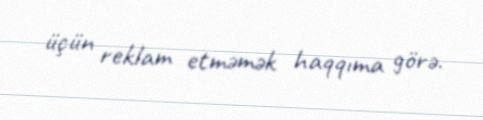
üçün reklam etməmək haqqıma görə.